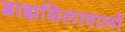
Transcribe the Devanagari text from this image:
ब्राह्मशिलावालों